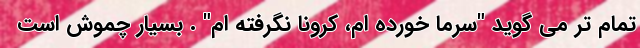
تمام تر می گوید "سرما خورده ام، کرونا نگرفته ام" . بسیار چموش است